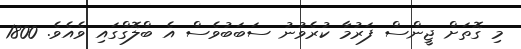
މި ގޮތަށް ޖީންސް ފަރުމާ ކުރެވުނު ސަބަބުވެސް އެ ބްލޮގްގައި ވެއެވެ. 1800